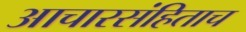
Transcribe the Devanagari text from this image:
आचारसंहिताच